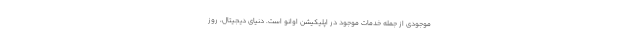
موجودی از جمله خدمات موجود در اپلیکیشن اوانو است. دنیای دیجیتال، روز